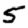
Digit: 5